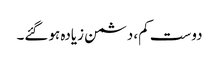
دوست کم، دشمن زیادہ ہوگئے۔